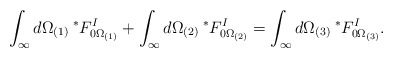
\begin{align*}\int_{\infty} d\Omega_{(1)} \> {}^*F^I_{0 \Omega_{(1)}} + \int_{\infty} d\Omega_{(2)} \> {}^*F^I_{0 \Omega_{(2)}} = \int_{\infty} d\Omega_{(3)} \> {}^*F^I_{0 \Omega_{(3)}}.\end{align*}